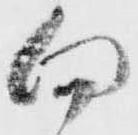
向